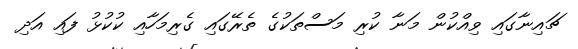
ޗައިނާގައި ވިއްކުން މަނާ ކުރި މަސްތަކުގެ ތެރޭގައި ގެރިމަހާއި ކުކުޅު ފައި އަދި